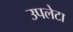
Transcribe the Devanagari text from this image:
उपलेटा